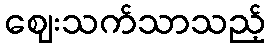
ဈေးသက်သာသည့်